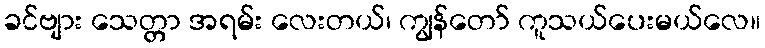
ခင်ဗျား သေတ္တာ အရမ်း လေးတယ်၊ ကျွန်တော် ကူသယ်ပေးမယ်လေ။